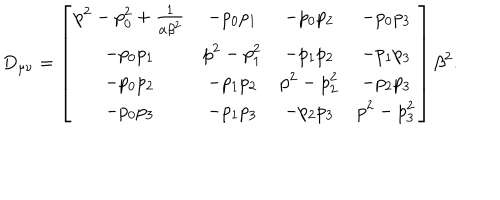
D _ { \mu \nu } = \left[ \begin{matrix} { { p ^ { 2 } - p _ { 0 } ^ { 2 } + \frac { 1 } { \alpha \beta ^ { 2 } } } } & { { - p _ { 0 } p _ { 1 } } } & { { - p _ { 0 } p _ { 2 } } } & { { - p _ { 0 } p _ { 3 } } } \\ { { - p _ { 0 } p _ { 1 } } } & { { p ^ { 2 } - p _ { 1 } ^ { 2 } } } & { { - p _ { 1 } p _ { 2 } } } & { { - p _ { 1 } p _ { 3 } } } \\ { { - p _ { 0 } p _ { 2 } } } & { { - p _ { 1 } p _ { 2 } } } & { { p ^ { 2 } - p _ { 2 } ^ { 2 } } } & { { - p _ { 2 } p _ { 3 } } } \\ { { - p _ { 0 } p _ { 3 } } } & { { - p _ { 1 } p _ { 3 } } } & { { - p _ { 2 } p _ { 3 } } } & { { p ^ { 2 } - p _ { 3 } ^ { 2 } } } \\ \end{matrix} \right] \beta ^ { 2 } .